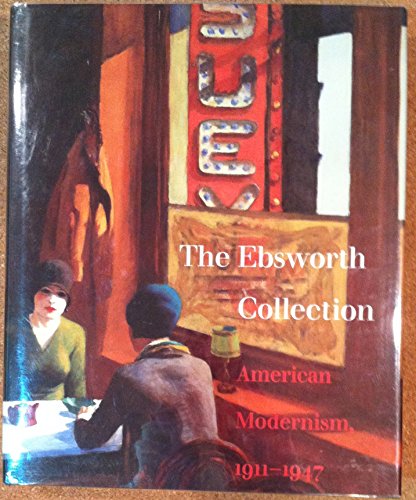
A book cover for The Ebsworth Collection: American Modernism 1911-1947 (St Louis Art Museum); Saint Louis Art Museum; Travel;